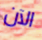
الآن